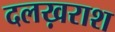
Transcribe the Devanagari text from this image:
दलख़राश